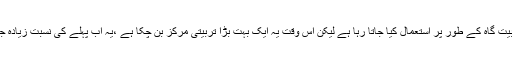
ان کے بہ قول 2008ء تک اس کو ایک چھوٹی تربیت گاہ کے طور پر استعمال کیا جاتا رہا ہے لیکن اس وقت یہ ایک بہت بڑا تربیتی مرکز بن چکا ہے ،یہ اب پہلے کی نسبت زیادہ جامع اور زیادہ صلاحیتوں اور سہولتوں کا حامل ہے۔